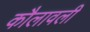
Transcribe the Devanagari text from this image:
कौलावली